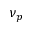
\nu _ { p }